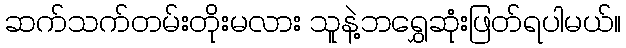
ဆက်သက်တမ်းတိုးမလား သူနဲ့ဘရွှေဆုံးဖြတ်ရပါမယ်။